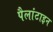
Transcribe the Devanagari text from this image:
पैलांटाइन